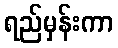
ရည်မှန်းကာ